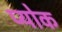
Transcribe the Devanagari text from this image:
प्योक